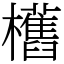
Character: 欍